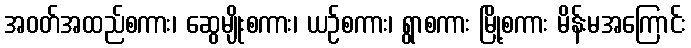
အဝတ်အထည်စကား၊ ဆွေမျိုးစကား၊ ယဉ်စကား၊ ရွာစကား မြို့စကား မိန်းမအကြောင်း